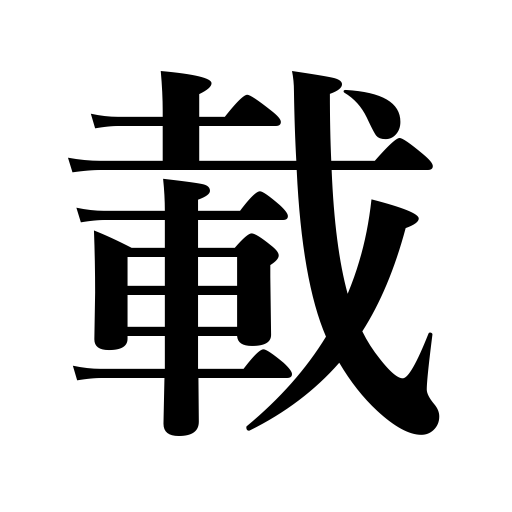
Meanings: be found in a dictionary,share in,be in harmony with,mention,put,join,record,be mentioned in,get up on,set,ride,feel like doing,spread paints,place,let one take part,be taken in,board,mount,lay,impose on